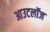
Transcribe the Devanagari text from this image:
आउटलॉज